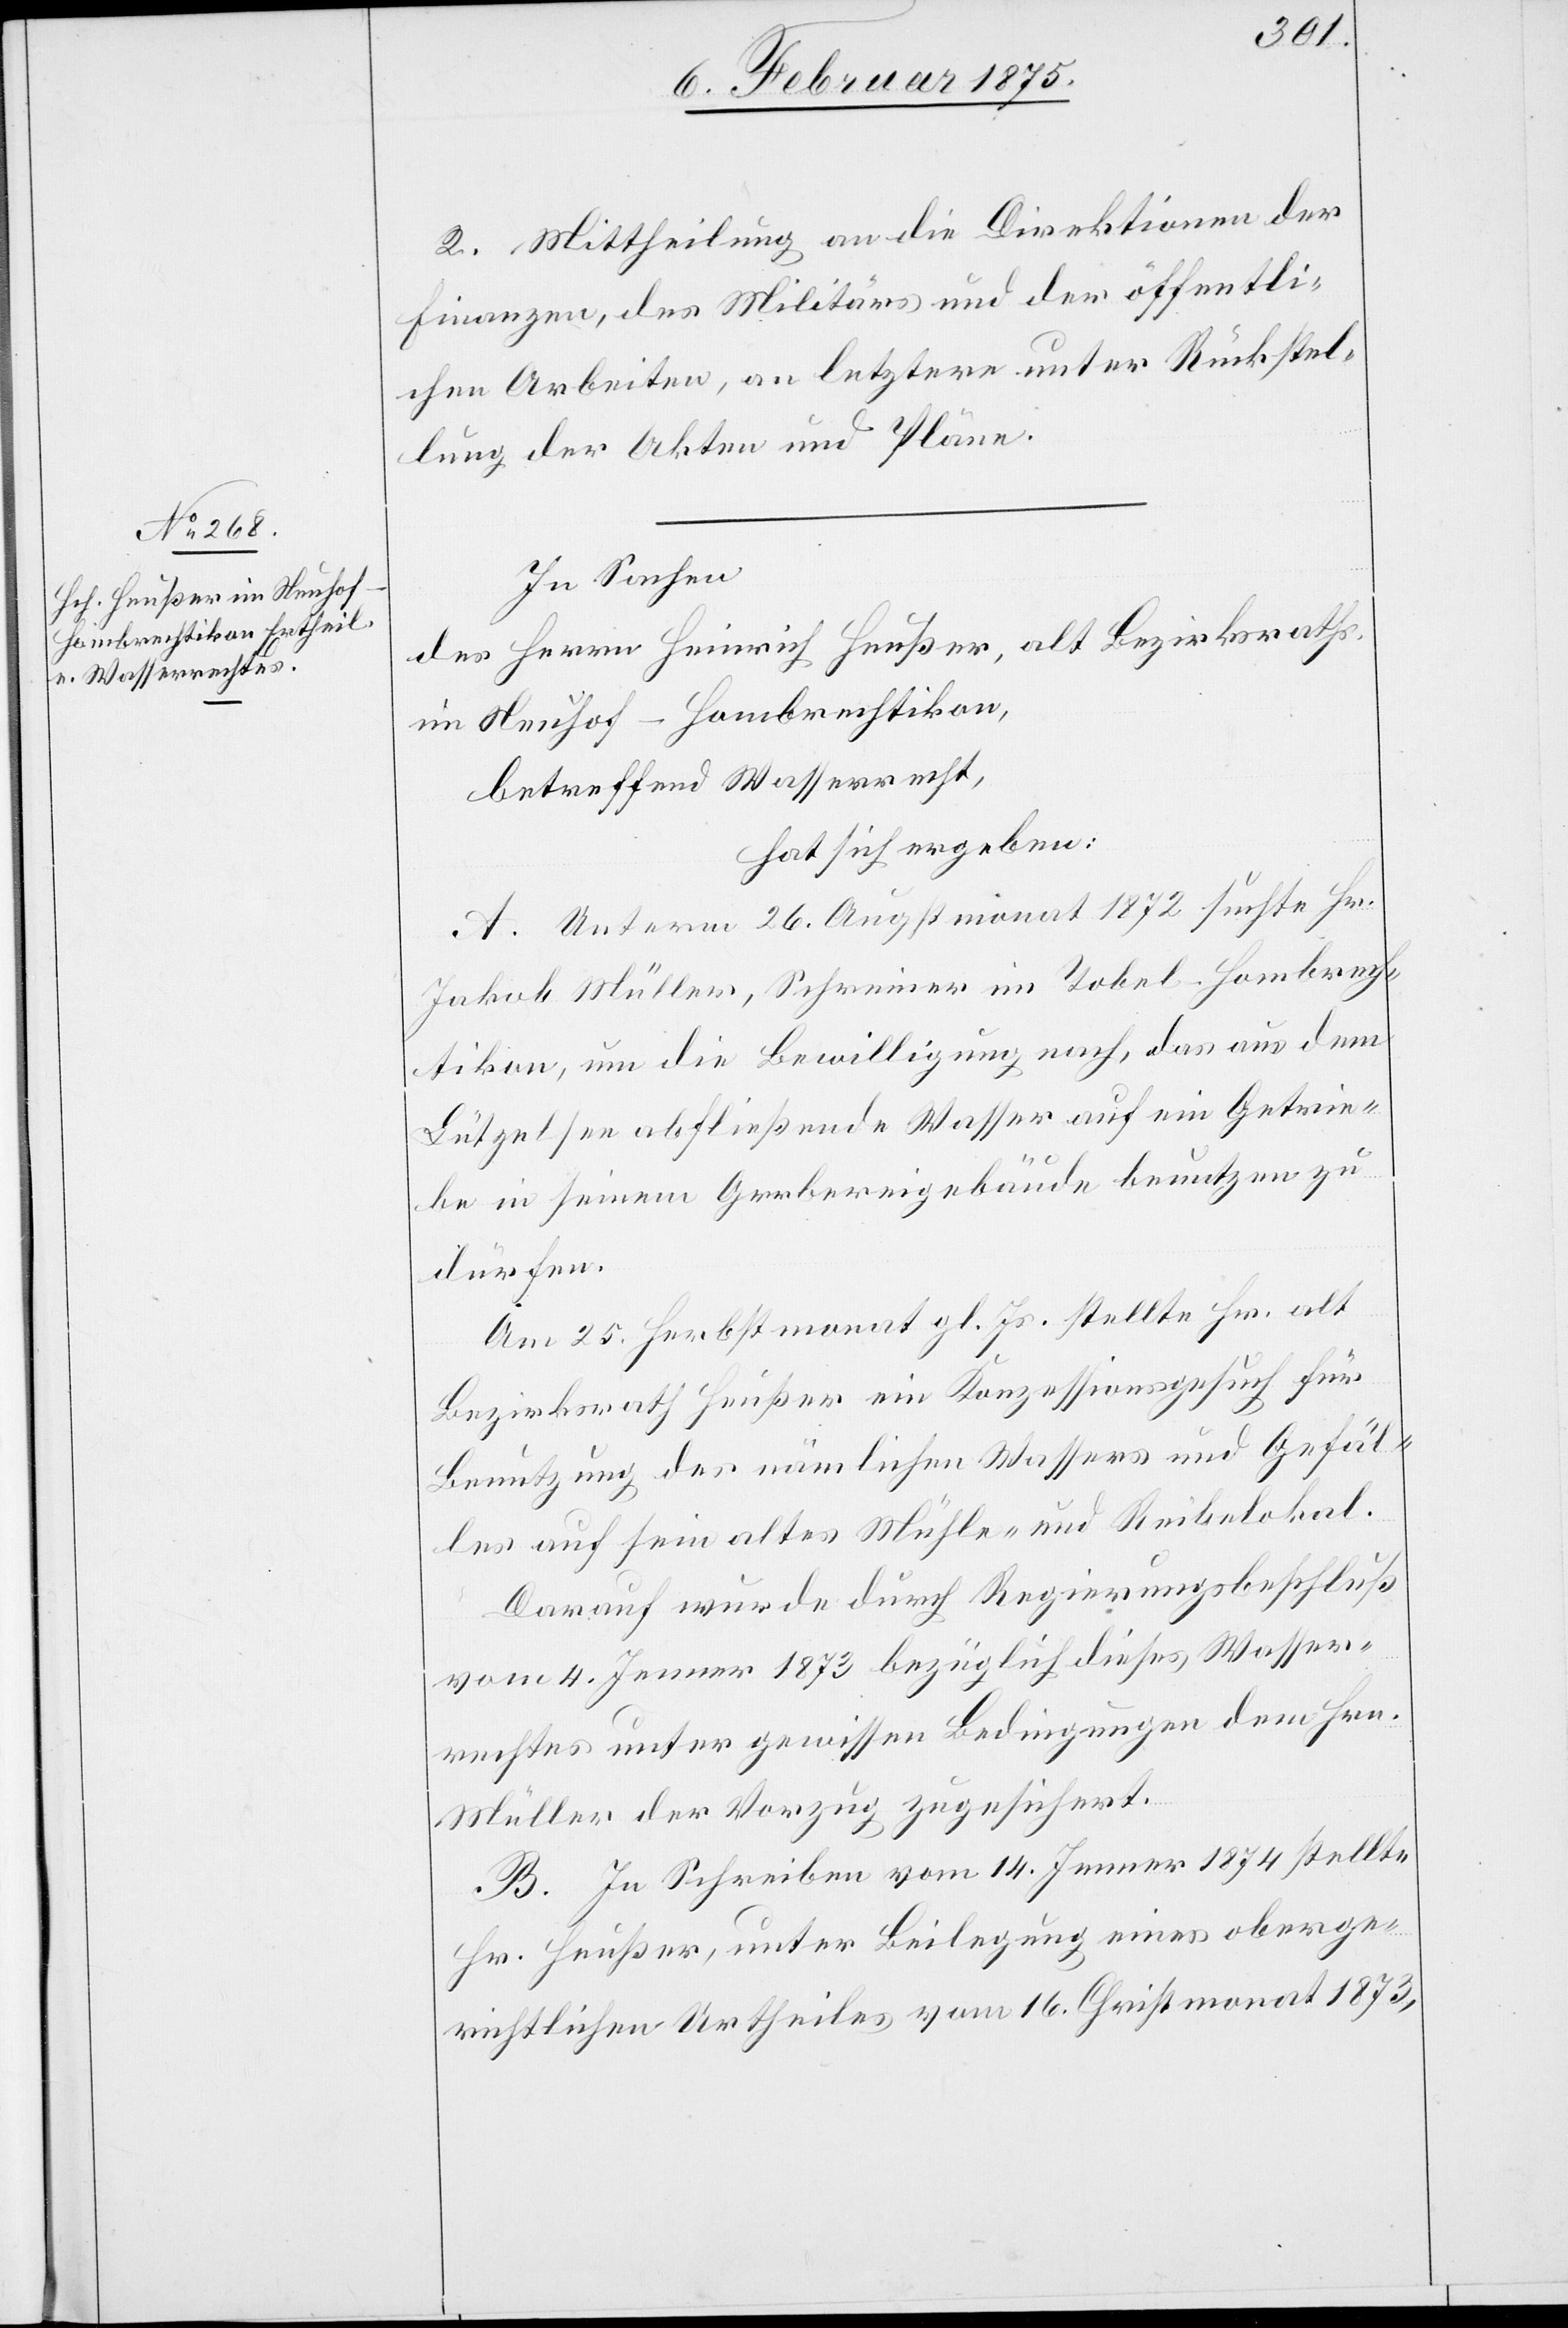
2. Mittheilung an die Direktionen der
Finanzen, des Militärs und der öffentli¬
chen Arbeiten, an letztere unter Rückstel¬
lung der Akten und Pläne.
In Sachen
des Herrn Heinrich Heußer, alt Bezirksraths,
im Neuhof - Hombrechtikon,
betreffend Wasserrecht,
hat sich ergeben:
A. Unterm 26. Augstmonat 1872 suchte Hr.
Jakob Müller, Schreiner im Tobel-Hombrech¬
tikon, um die Bewilligung nach, das aus dem
Lützelsee abfließende Wasser auf ein Getrie¬
be in seinem Gerbereigebäude benutzen zu
dürfen.
Am 25. Herbstmonat gl. Js. stellte Hr. alt
Bezirksrath Heußer ein Konzessionsgesuch für
Benutzung des nämlichen Wassers und Gefäl¬
les auf sein altes Mühle- und Reibelokal.
Darauf wurde durch Regierungsbeschluß
vom 4. Jenner 1873 bezüglich dieses Wasser¬
rechtes unter gewissen Bedingungen dem Hrn.
Müller der Vorzug gesichert.
B. In Schreiben vom 14. Jenner 1874 stellte
Hr. Heußer, unter Beilegung eines oberge¬
richtlichen Urtheiles vom 16. Christmonat 1873,